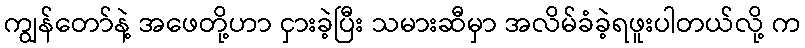
ကျွန်တော်နဲ့ အဖေတို့ဟာ ငှားခဲ့ပြီး သမားဆီမှာ အလိမ်ခံခဲ့ရဖူးပါတယ်လို့ က